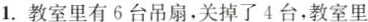
1.教室里有6台吊扇，关掉了4台，教室里